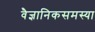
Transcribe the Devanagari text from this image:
वैज्ञानिकसमस्या